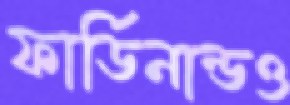
ফার্ডিনান্ডও